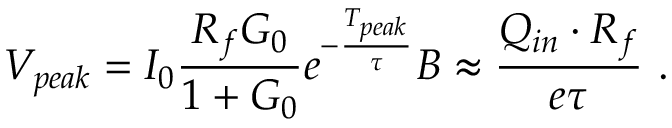
V _ { p e a k } = I _ { 0 } \frac { R _ { f } G _ { 0 } } { 1 + G _ { 0 } } e ^ { - \frac { T _ { p e a k } } { \tau } } B \approx \frac { Q _ { i n } \cdot R _ { f } } { e \tau } ~ .